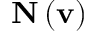
\mathbf { N } \left( \mathbf { v } \right)